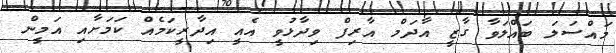
މައްސަލަ ބައްލަވާ ގާޒީ އާދަމް އާރިފް ވިދާޅުވީ އެއީ އިދާރީކަމެއް ކަމަށާއި އަމީން